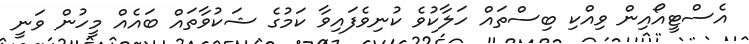
އެސްޓީއޯއިން ވިއްކި ބިސްތައް ހަލާކުވެ ކުނިވެފައިވާ ކަމުގެ ޝަކުވާތައް ބައެއް މީހުން ވަނީ